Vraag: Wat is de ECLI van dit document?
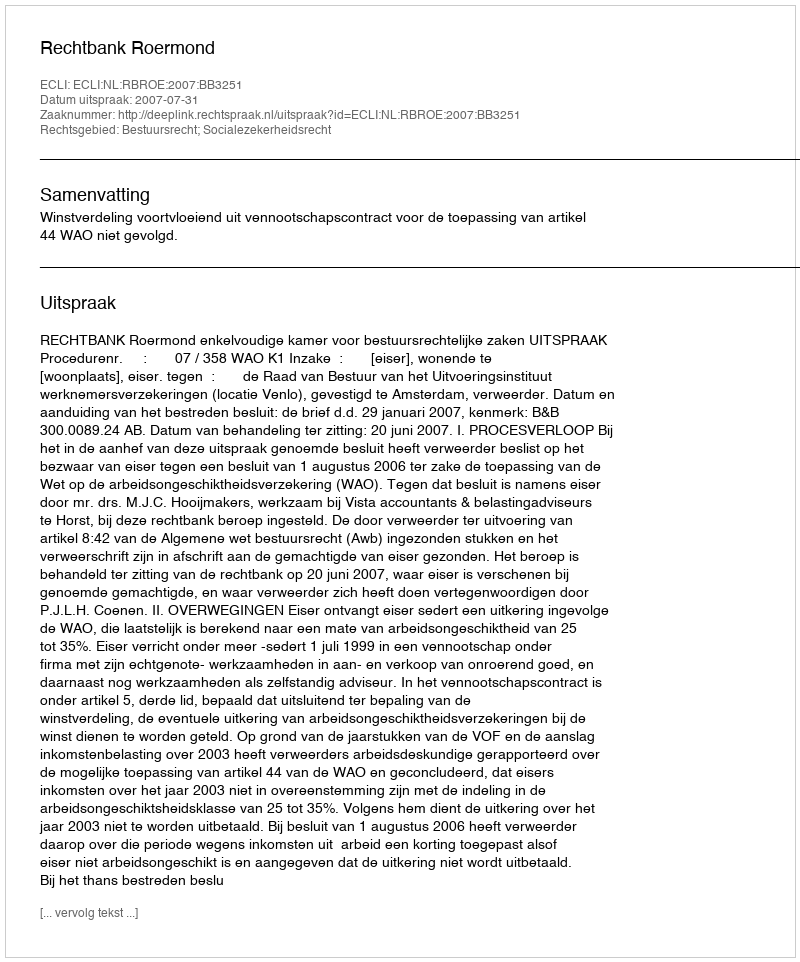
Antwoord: ECLI:NL:RBROE:2007:BB3251